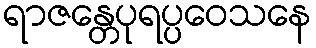
ရာဇန္တေပုရပ္ပဝေသနေ